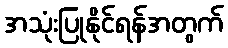
အသုံးပြုနိုင်ရန်အတွက်